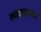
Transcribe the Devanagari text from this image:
स्वप्नातल्या